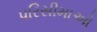
પરિસીમાઓ